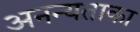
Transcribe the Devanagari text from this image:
अनन्यताका